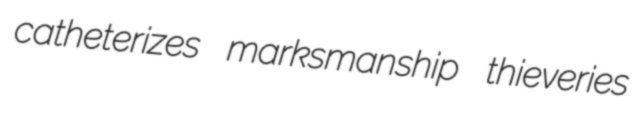
catheterizes marksmanship thieveries